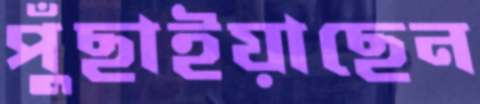
পুঁছাইয়াছেন